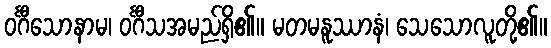
ဝင်္ဂီသောနာမ၊ ဝင်္ဂီသအမည်ရှိ၏။ မတမနူဿာနံ၊ သေသောလူတို့၏။